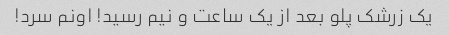
یک زرشک پلو بعد از یک ساعت و نیم رسید! اونم سرد!